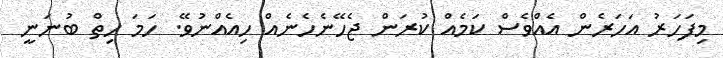
މިފަހަރު އަހަރެން އެއްވެސް ކަމެއް ކުރަން ޖެހޭނެހެނެއް ހިއެއްނުވޭ. ހަމަ ހިތް ބުނަނީ